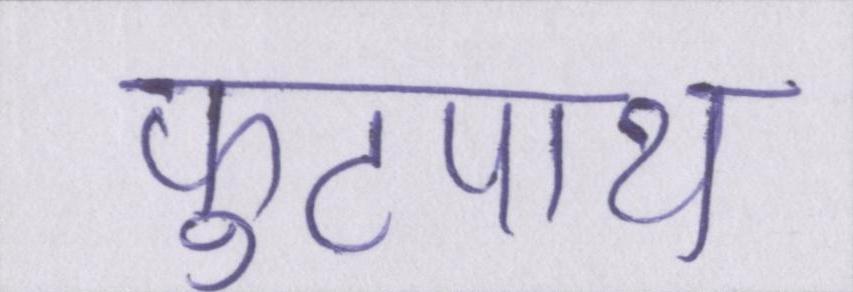
फुटपाथ